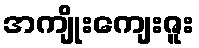
အကျိုးကျေးဇူး